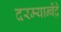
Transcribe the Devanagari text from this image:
दरम्यान्बेंद्रे